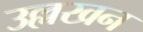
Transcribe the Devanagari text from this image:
उल्लखन